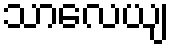
သာလေယျ